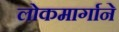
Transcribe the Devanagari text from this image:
लोकमार्गाने